Report on the metropolitan horse fairs and district horse shows of 1892-93 - 1892-1893
Year: 1892
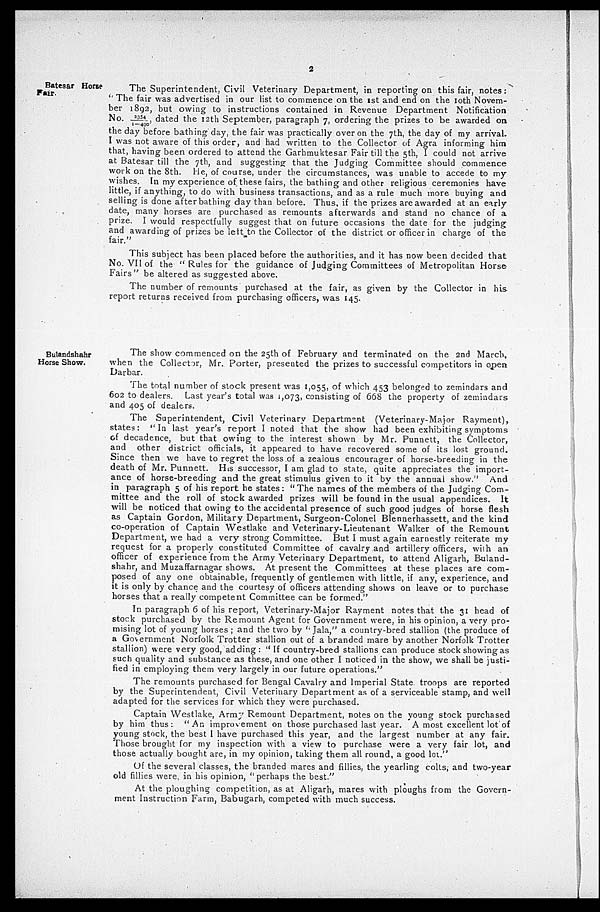
2
Batesar Horse
Fair.
The Superintendent, Civil Veterinary Department, in reporting on this fair, notes:
" The fair was advertised in our list to commence on the 1st and end on the 10th Novem-
ber 1892, but owing to instructions contained in Revenue Department Notification
No. 2354/1-490, dated the 12th September, paragraph 7, ordering the prizes to be awarded on
the day before bathing day, the fair was practically over on the 7th, the day of my arrival.
I was not aware of this order, and had written to the Collector of Agra informing him
that, having been ordered to attend the Garhmuktesar Fair till the 5th, I could not arrive
at Batesar till the 7th, and suggesting that the Judging Committee should commence
work on the 8th. He, of course, under the circumstances, was unable to accede to my
wishes. In my experience of these fairs, the bathing and other religious ceremonies have
little, if anything, to do with business transactions, and as a rule much more buying and
selling is done after bathing day than before. Thus, if the prizes are awarded at an early
date, many horses are purchased as remounts afterwards and stand no chance of a
prize. I would respectfully suggest that on future occasions the date for the judging
and awarding of prizes be left to the Collector of the district or officer in charge of the
fair. "
This subject has been placed before the authorities, and it has now been decided that
No. VII of the " Rules for the guidance of Judging Committees of Metropolitan Horse
Fairs " be altered as suggested above.
The number of remounts purchased at the fair, as given by the Collector in his
report returns received from purchasing officers, was 145.
Bulandshahr
Horse Show.
The show commenced on the 25th of February and terminated on the 2nd March,
when the Collector, Mr. Porter, presented the prizes to successful competitors in open
Darbar.
The total number of stock present was 1,055, of which 453 belonged to zemindars and
602 to dealers.
Last year's total was 1,073, consisting of 668 the property of zemindars
and 405 of dealers.
The Superintendent, Civil Veterinary Department (Veterinary-Major Rayment),
states : " In last year's report I noted that the show had been exhibiting symptoms
of decadence, but that owing to the interest shown by Mr. Punnett, the Collector,
and other district officials, it appeared to have recovered some of its lost ground.
Since then we have to regret the loss of a zealous encourager of horse-breeding in the
death of Mr. Punnett. His successor, I am glad to state, quite appreciates the import-
ance of horse-breeding and the great stimulus given to it by the annual show. "
And
in paragraph 5 of his report he states: " The names of the members of the Judging Com-
mittee and the roll of stock awarded prizes will be found in the usual appendices. It
will be noticed that owing to the accidental presence of such good judges of horse flesh
as Captain Gordon, Military Department, Surgeon-Colonel Blennethassett, and the kind
co-operation of Captain Westlake and Veterinary-Lieutenant Walker of the Remount
Department, we had a very strong Committee. But I must again earnestly reiterate my
request for a properly constituted Committee of cavalry and artillery officers, with an
officer of experience from the Army Veterinary Department, to attend Aligarh, Buland-
shahr, and Muzaffarnagar shows. At present the Committees at these places are com-
posed of any one obtainable, frequently of gentlemen with little, if any, experience, and
it is only by chance and the courtesy of officers attending shows on leave or to purchase
horses that a really competent Committee can be formed."
In paragraph 6 of his report, Veterinary-Major Rayment notes that the 31 head of
stock purchased by the Remount Agent for Government were, in his opinion, a very pro-
mising lot of young horses; and the two by " Jala," a country-bred stallion (the produce of
a Government Norfolk Trotter stallion out of a branded mare by another Norfolk Trotter
stallion) were very good, adding: " If country-bred stallions can produce stock showing as
such quality and substance as these, and one other I noticed in the show, we shall be justi-
fied in employing them very largely in our future operations."
The remounts purchased for Bengal Cavalry and Imperial State troops are reported
by the Superintendent, Civil Veterinary Department as of a serviceable stamp, and well
adapted for the services for which they were purchased.
Captain Westlake, Army Remount Department, notes on the young stock purchased
by him thus: " An improvement on those purchased last year. A most excellent lot of
young stock, the best I have purchased this year, and the largest number at any fair.
Those brought for my inspection with a view to purchase were a very fair lot, and
those actually bought are, in my opinion, taking them all round, a good lot."
Of the several classes, the branded mares and fillies, the yearling colts, and two-year
old fillies were, in his opinion, " perhaps the best."
At the ploughing competition, as at Aligarh, mares with ploughs from the Govern-
ment Instruction Farm, Babugarh, competed with much success.